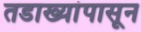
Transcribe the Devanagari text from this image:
तडाख्यांपासून